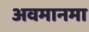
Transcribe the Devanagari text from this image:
अवमानमा